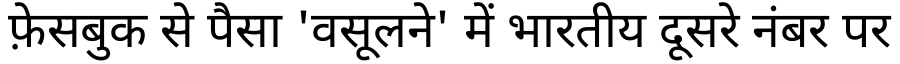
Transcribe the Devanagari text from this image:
फ़ेसबुक से पैसा 'वसूलने' में भारतीय दूसरे नंबर पर